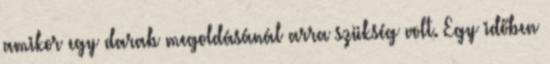
amikor egy darab megoldásánál arra szükség volt. Egy időben